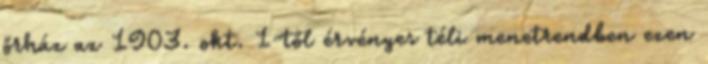
őrház az 1903. okt. 1-től érvényes téli menetrendben ezen